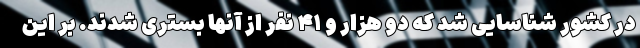
در کشور شناسایی شد که دو هزار و ۴۱ نفر از آنها بستری شدند. بر این